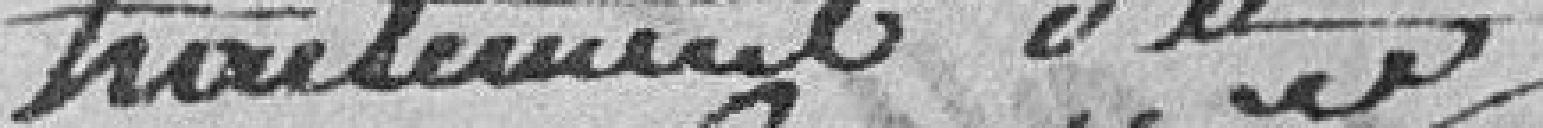
traitement du